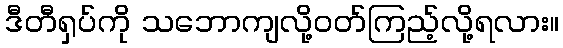
ဒီတီရှပ်ကို သဘောကျလို့ဝတ်ကြည့်လို့ရလား။